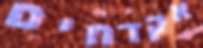
אקדחים